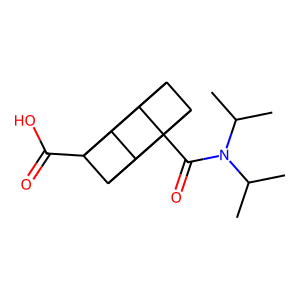
SMILES: CC(C)N(C(=O)C12C3C4C1C1C2C3C41C(=O)O)C(C)C
Inhibits HIV replication: No